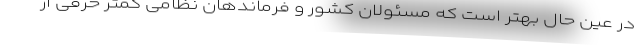
در عین حال بهتر است که مسئولان کشور و فرماندهان نظامی کمتر حرفی از